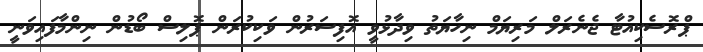
ޕްރޮސެކިއުޓާ ޖެނެރަލް މަރިޔަމް ނިހާޔަތު ވިދާޅުވީ އޮފިސަރުން ވަކިކުރަން ޕޮލިސް ބޯޑުން ނިންމާފައިވަނީ